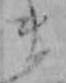
ま